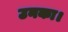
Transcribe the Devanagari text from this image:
उनका।